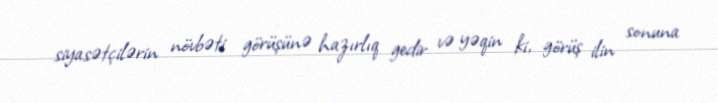
siyasətçilərin növbəti görüşünə hazırlıq gedir və yəqin ki, görüş ilin sonuna